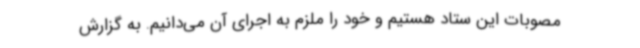
مصوبات این ستاد هستیم و خود را ملزم به اجرای آن می‌دانیم. به گزارش